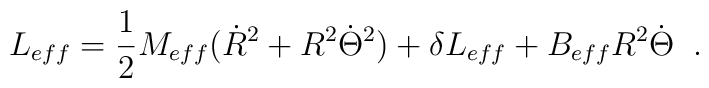
L_{eff}=\frac{1}{2}M_{eff}(\dot{R}^{2}+R^{2}\dot{\Theta}^{2})                      +\delta L_{eff}                      +B_{eff}R^{2}\dot{\Theta} \;\;.